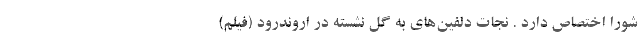
شورا اختصاص دارد . نجات دلفین‌های به گل نشسته در اروند‌رود (فیلم)